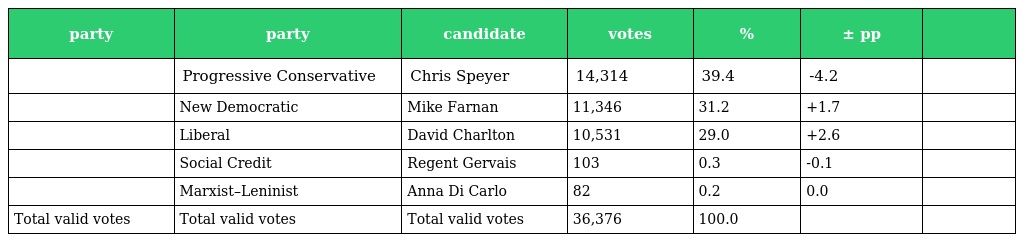
| party | party | candidate | votes | % | ± pp |  |
 | --- | --- | --- | --- | --- | --- | --- |
 |  | Progressive Conservative | Chris Speyer | 14,314 | 39.4 | -4.2 |  |
 |  | New Democratic | Mike Farnan | 11,346 | 31.2 | +1.7 |  |
 |  | Liberal | David Charlton | 10,531 | 29.0 | +2.6 |  |
 |  | Social Credit | Regent Gervais | 103 | 0.3 | -0.1 |  |
 |  | Marxist–Leninist | Anna Di Carlo | 82 | 0.2 | 0.0 |  |
 | Total valid votes | Total valid votes | Total valid votes | 36,376 | 100.0 |  |  |